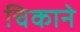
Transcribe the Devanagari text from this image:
चिकाने